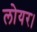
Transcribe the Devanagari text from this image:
लोयर।